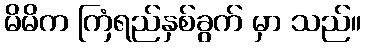
မိမိက ကြံရည်နှစ်ခွက် မှာ သည်။